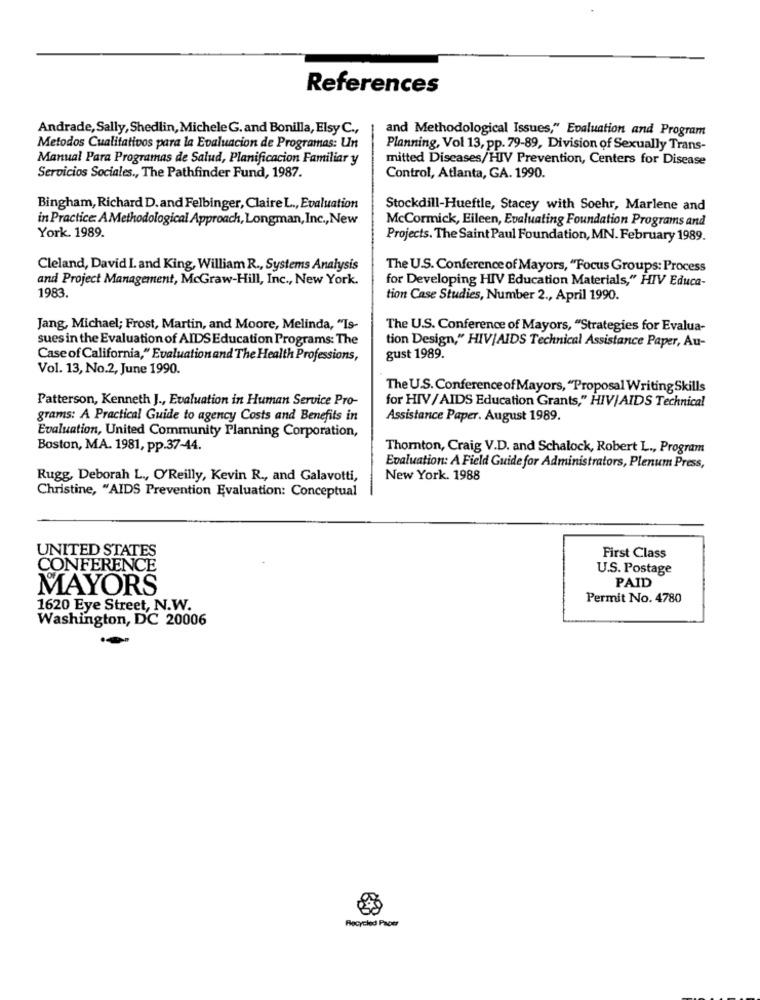
References
Andrade, Sally, Shedlin, Michele G. and Bonilla, Elsy C .,
and Methodological Issues," Evaluation and Program
Metodos Cualitativos para la Evaluacion de Programas: Un
Planning, Vol 13, pp. 79-89, Division of Sexually Trans-
Manual Para Programas de Salud, Planificacion Familiar y
mitted Diseases/HIV Prevention, Centers for Disease
Servicios Sociales ., The Pathfinder Fund, 1987.
Control, Atlanta, GA. 1990.
Bingham, Richard D.and Felbinger, Claire L ., Evaluation
Stockdill-Hueftle, Stacey with Soehr, Marlene and
in Practice: AMethodological Approach, Longman, Inc ., New
McCormick, Eileen, Evaluating Foundation Programs and
York. 1989.
Projects. The Saint Paul Foundation, MN. February 1989.
Cleland, David I. and King, William R ., Systems Analysis
The U.S. Conference of Mayors, "Focus Groups: Process
and Project Management, McGraw-Hill, Inc ., New York.
for Developing HIV Education Materials," HIV Educa-
1983.
tion Case Studies, Number 2 ., April 1990.
Jang, Michael; Frost, Martin, and Moore, Melinda, "Is-
The U.S. Conference of Mayors, "Strategies for Evalua-
sues in the Evaluation of AIDS Education Programs: The
tion Design," HIV/AIDS Technical Assistance Paper, Au-
Case of California," Evaluation and The Health Professions,
gust 1989.
Vol. 13, No.2, June 1990.
The U.S. Conference of Mayors, "Proposal Writing Skills
Patterson, Kenneth J ., Evaluation in Human Service Pro-
for HIV/AIDS Education Grants," HIV/ AIDS Technical
grams: A Practical Guide to agency Costs and Benefits in
Assistance Paper. August 1989.
Evaluation, United Community Planning Corporation,
Boston, MA. 1981, pp.37-44.
Thomton, Craig V.D. and Schalock, Robert L ., Program
Evaluation: A Field Guide for Administrators, Plenum Press,
Rugg, Deborah L ., O'Reilly, Kevin R ., and Galavotti,
New York. 1988
Christine, "AIDS Prevention Evaluation: Conceptual
UNITED STATES
First Class
CONFERENCE
U.S. Postage
PAID
MAYORS
Permit No. 4780
1620 Eye Street, N.W.
Washington, DC 20006
Recycled Paper